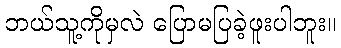
ဘယ်သူ့ကိုမှလဲ ပြောမပြခဲ့ဖူးပါဘူး။